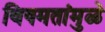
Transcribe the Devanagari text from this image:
विषमतांमुळे